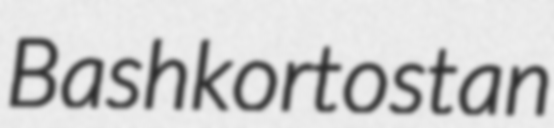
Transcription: Bashkortostan